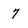
Character: 7